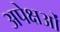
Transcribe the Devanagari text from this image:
अपेक्षओं